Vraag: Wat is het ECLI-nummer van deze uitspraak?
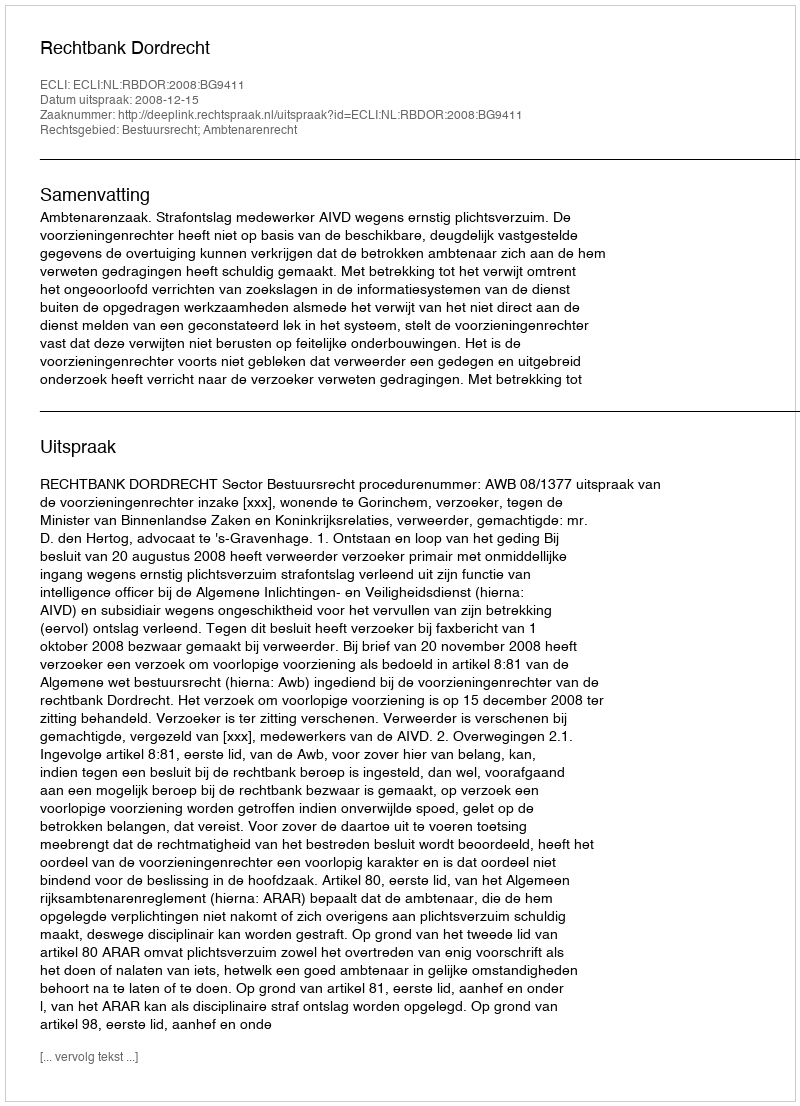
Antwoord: ECLI:NL:RBDOR:2008:BG9411